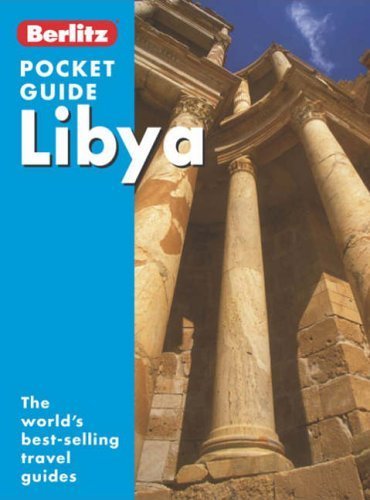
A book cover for Libya Berlitz Pocket Guide; unknown; Travel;